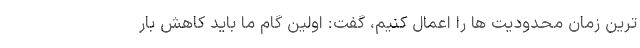
ترین زمان محدودیت ها را اعمال کنیم، گفت: اولین گام ما باید کاهش بار